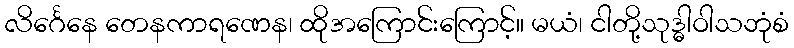
လိင်္ဂေနေ တေနကာရဏေန၊ ထိုအကြောင်းကြောင့်။ မယံ၊ ငါတို့သုဒ္ဓါဝါသဘုံစံ